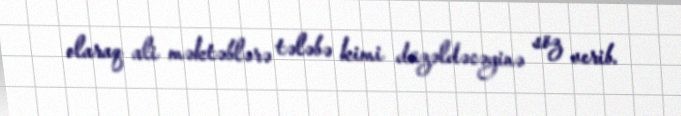
olaraq ali məktəblərə tələbə kimi düzəldəcəyinə söz verib.